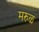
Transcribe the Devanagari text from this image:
मरुळ